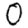
Digit: 0